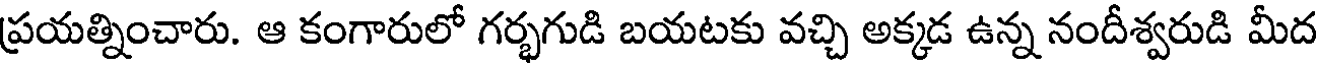
ప్రయత్నించారు. ఆ కంగారులో గర్భగుడి బయటకు వచ్చి అక్కడ ఉన్న నందీశ్వరుడి మీద